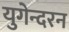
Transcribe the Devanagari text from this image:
युगेन्दरन